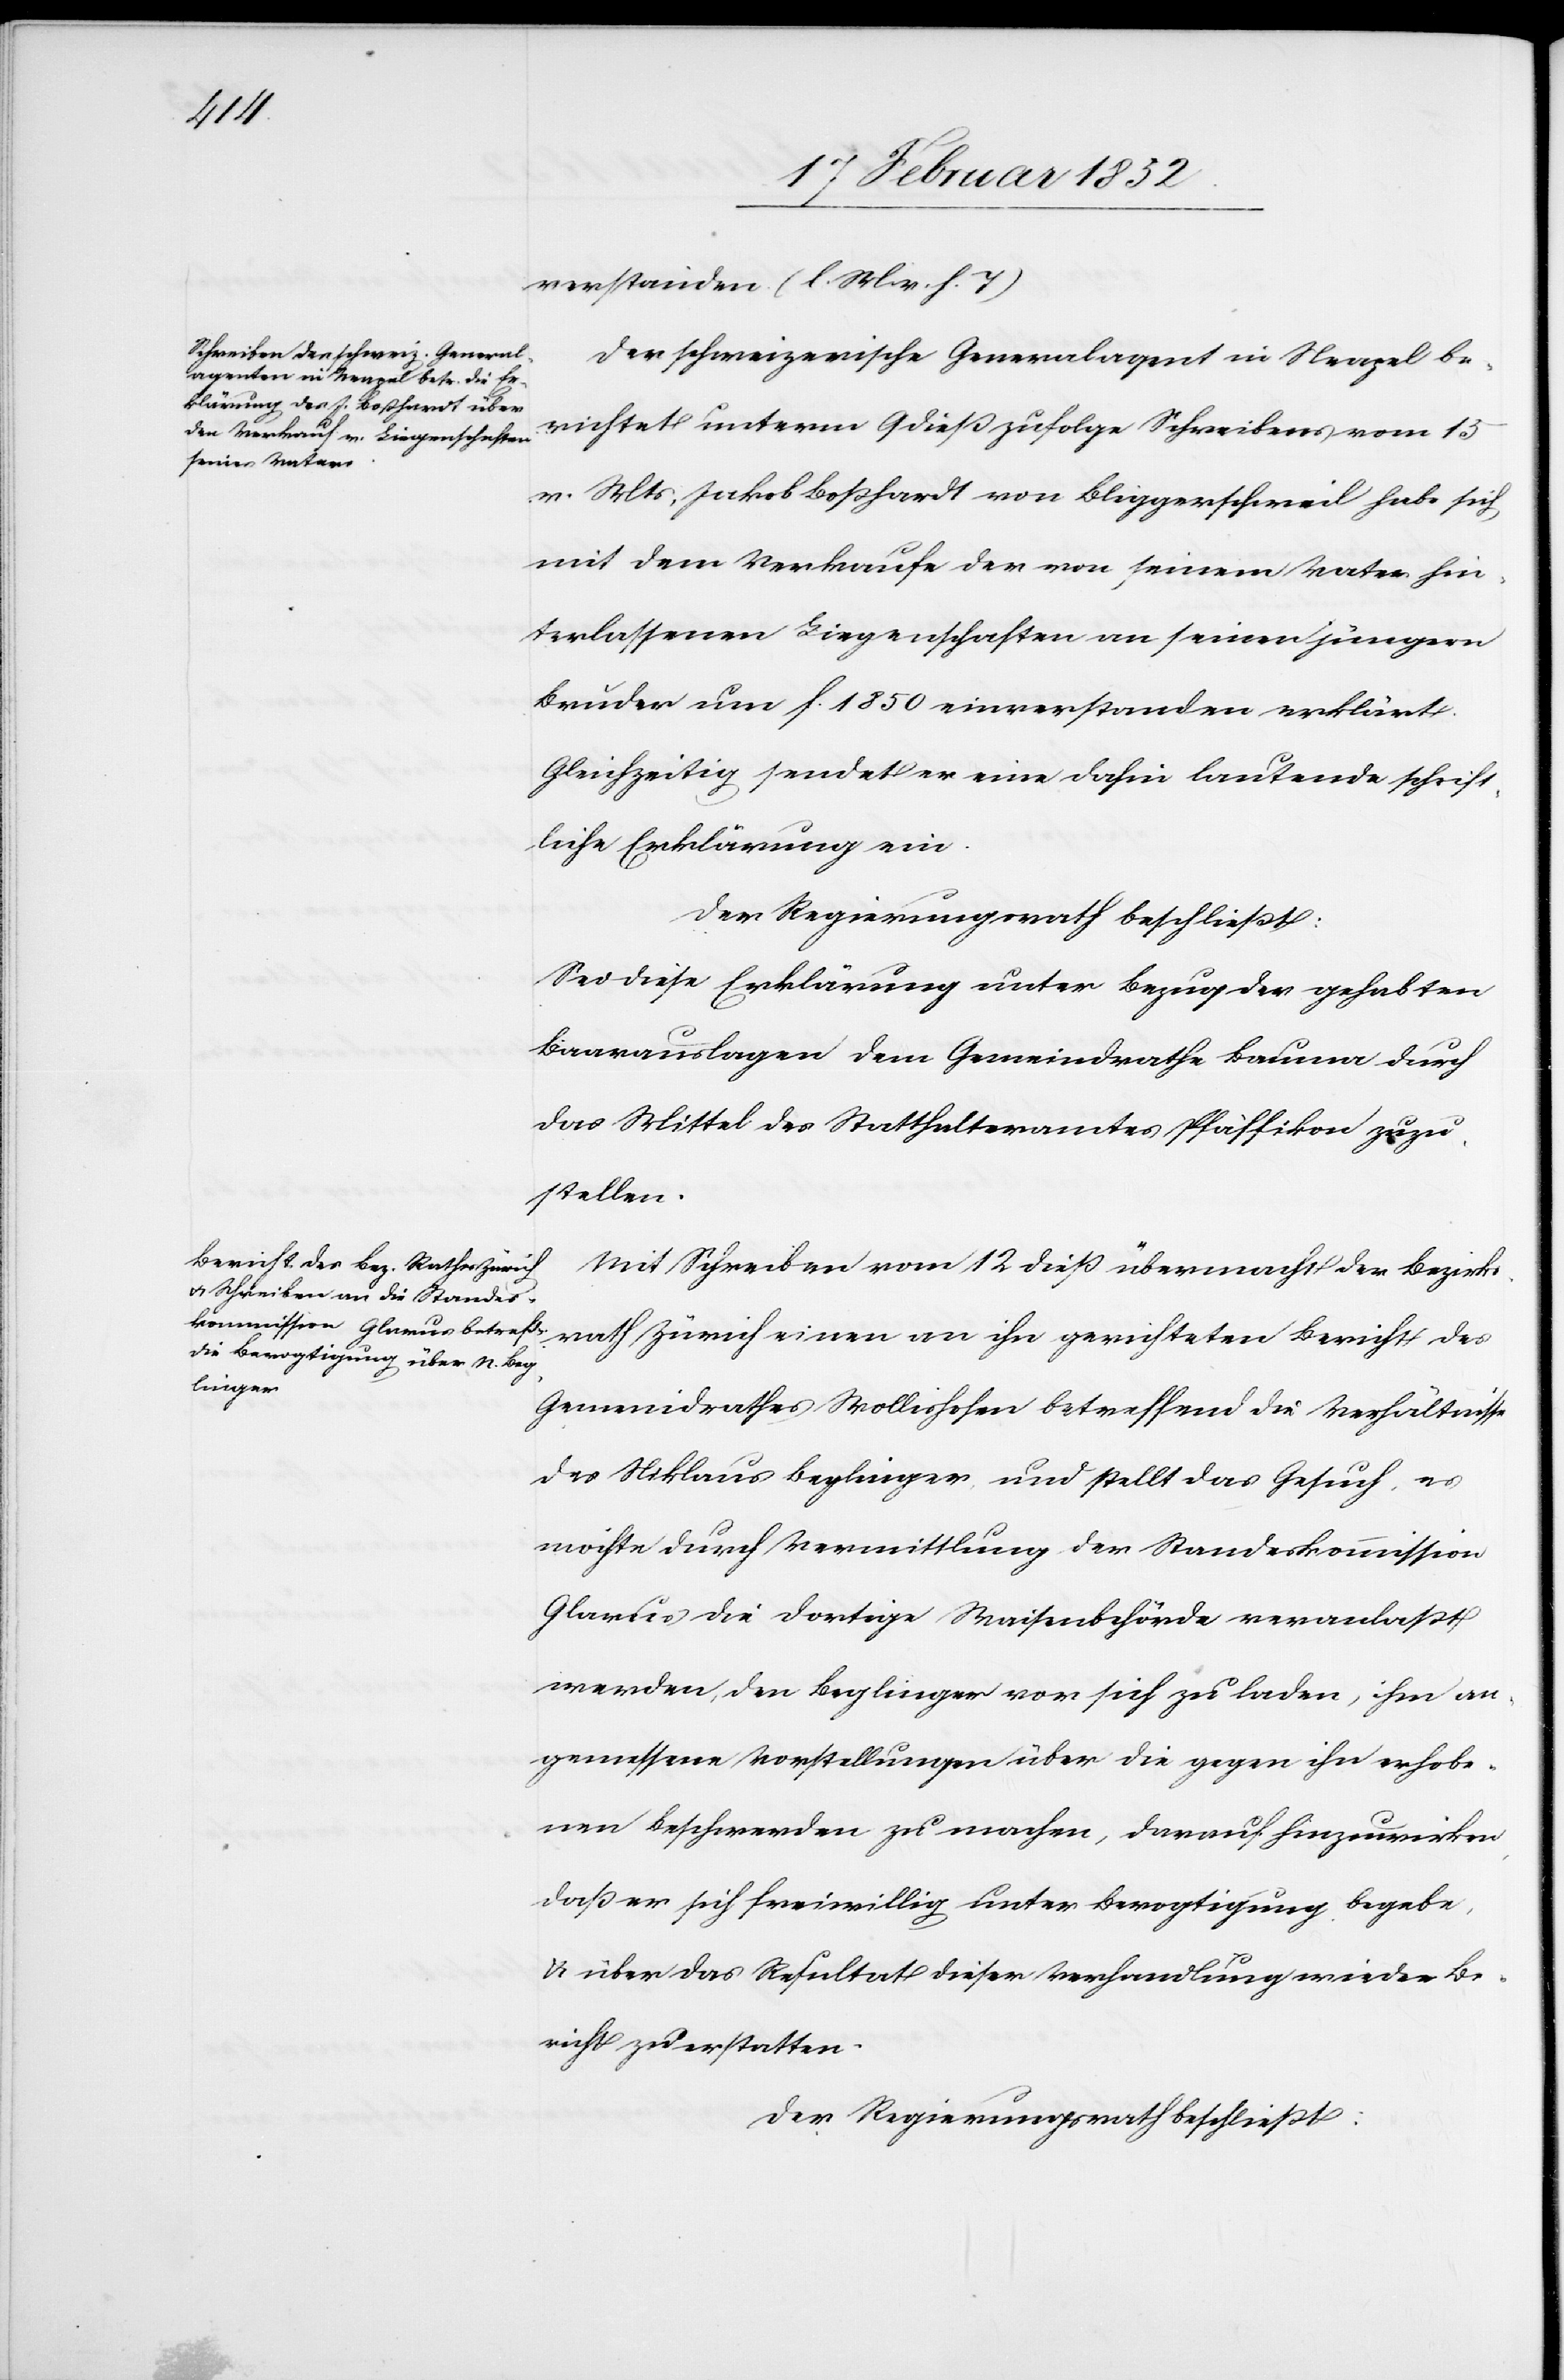
verstanden (l. M. v. h. T.)
Der schweizerische Generalagent in Neapel be¬
richtet unterm 9 dieß zufolge Schreibens vom 5
v. Mts, Jakob Boßhardt von Bliggerschweil habe sich
mit dem Verkaufe der von seinem Vater hin¬
terlassenen Liegenschaften von seinen jüngern
Bruder um f. 1850 einverstanden erklärt.
Gleichzeitig sendet er eine dahin lautende schrift¬
liche Erklärung ein.
Der Regierungsrath beschließt:
Sei diese Erklärung unter Bezug der gehabten
Baarauslagen dem Gemeindrathe Bauma durch
das Mittel des Statthalteramtes Pfäffikon zuzu¬
stellen.
Mit Schreiben vom 12 dieß übermacht der Bezirks¬
rath Zürich einen an ihn gerichteten Bericht des
Gemeindrathes Wollishofen betreffend die Verhältnisse
des Niklaus Beglinger und stellt das Gesuch, es
möchte durch Vermittlung der Standeskommission
Glarus die dortige Waisenbehörde veranlaßt
werden, den Beglinger vor sich zu laden, ihm an¬
gemessene Vorstellungen über die gegen ihn erhobe¬
nen Beschwerden zu machen, darauf hinzuwirken,
daß er sich freiwillig unter Bevogtigung begebe,
u. über das Resultat dieser Verhandlungen wieder Be¬
richt zu erstatten.
Der Regierungsrath beschließt: